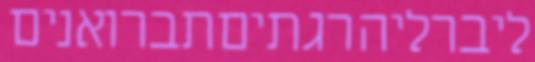
ליברליהרגתיםתברואנים